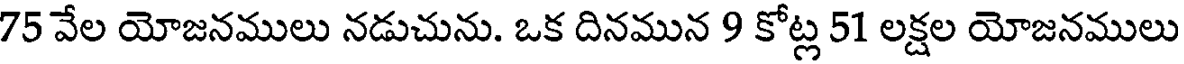
75 వేల యోజనములు నడుచును. ఒక దినమున 9 కోట్ల 51 లక్షల యోజనములు